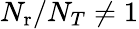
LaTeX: N_{\mathrm{r}}/N_{T}\neq 1